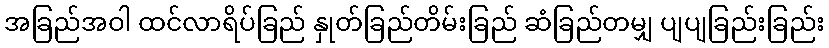
အခြည်အဝါ ထင်လာရိပ်ခြည် နှုတ်ခြည်တိမ်းခြည် ဆံခြည်တမျှ ပျပျခြည်းခြည်း